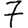
Digit: 7